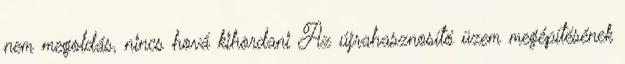
nem megoldás, nincs hová kihordani Az újrahasznosító üzem megépítésének